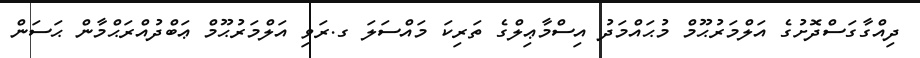
ދިއްގާގަސްދޮށުގެ އަލްމަރުޙޫމް މުޙައްމަދު އިސްމާޢިލްގެ ތަރިކަ މައްސަލަ ގ.ރަވި އަލްމަރުޙޫމް ޢަބްދުއްރަޙްމާން ޙަސަން